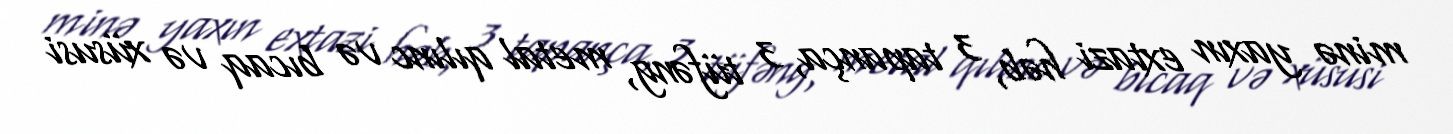
minə yaxın extazi həb, 3 tapança, 3 tüfəng, metal qılınc və bıcaq və xüsusi